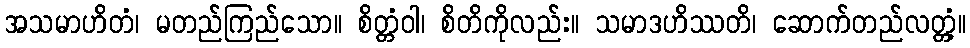
အသမာဟိတံ၊ မတည်ကြည်သော။ စိတ္တံဝါ၊ စိတိကိုလည်း။ သမာဒဟိဿတိ၊ ဆောက်တည်လတ္တံ့။